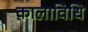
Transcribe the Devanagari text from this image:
कालाविधि